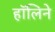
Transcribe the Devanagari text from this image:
हॉलिने